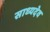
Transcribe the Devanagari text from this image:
साध्यदेव